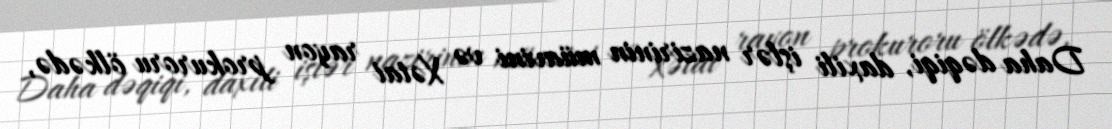
Daha dəqiqi, daxili işlər nazirinin müavini və Xətai rayon prokuroru ölkədə,